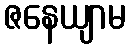
ဇနေယျာမ